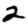
Digit: 2